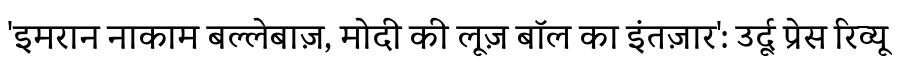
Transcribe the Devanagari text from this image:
'इमरान नाकाम बल्लेबाज़, मोदी की लूज़ बॉल का इंतज़ार': उर्दू प्रेस रिव्यू